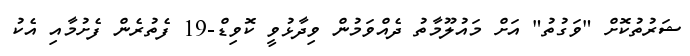
ޝަރުތުކޮށް "ވަގުތު" އަށް މައުލޫމާތު ދެއްވަމުން ވިދާޅުވީ ކޮވިޑް-19 ފެތުރެން ފެށުމާއި އެކު